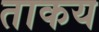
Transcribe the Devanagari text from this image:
ताकय